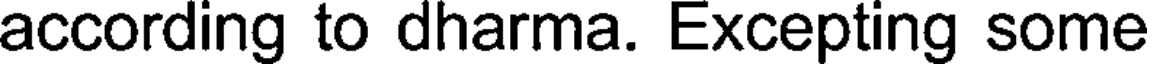
according to dharma. Excepting some